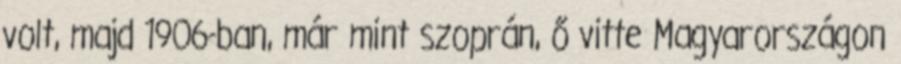
volt, majd 1906-ban, már mint szoprán, ő vitte Magyarországon